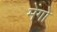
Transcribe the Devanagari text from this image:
मेंगो